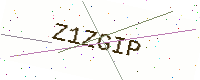
Text: Z1ZGIP